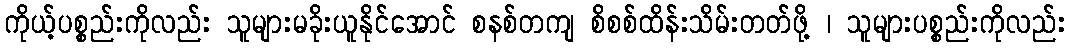
ကိုယ့်ပစ္စည်းကိုလည်း သူများမခိုးယူနိုင်အောင် စနစ်တကျ စိစစ်ထိန်းသိမ်းတတ်ဖို့ ၊ သူများပစ္စည်းကိုလည်း